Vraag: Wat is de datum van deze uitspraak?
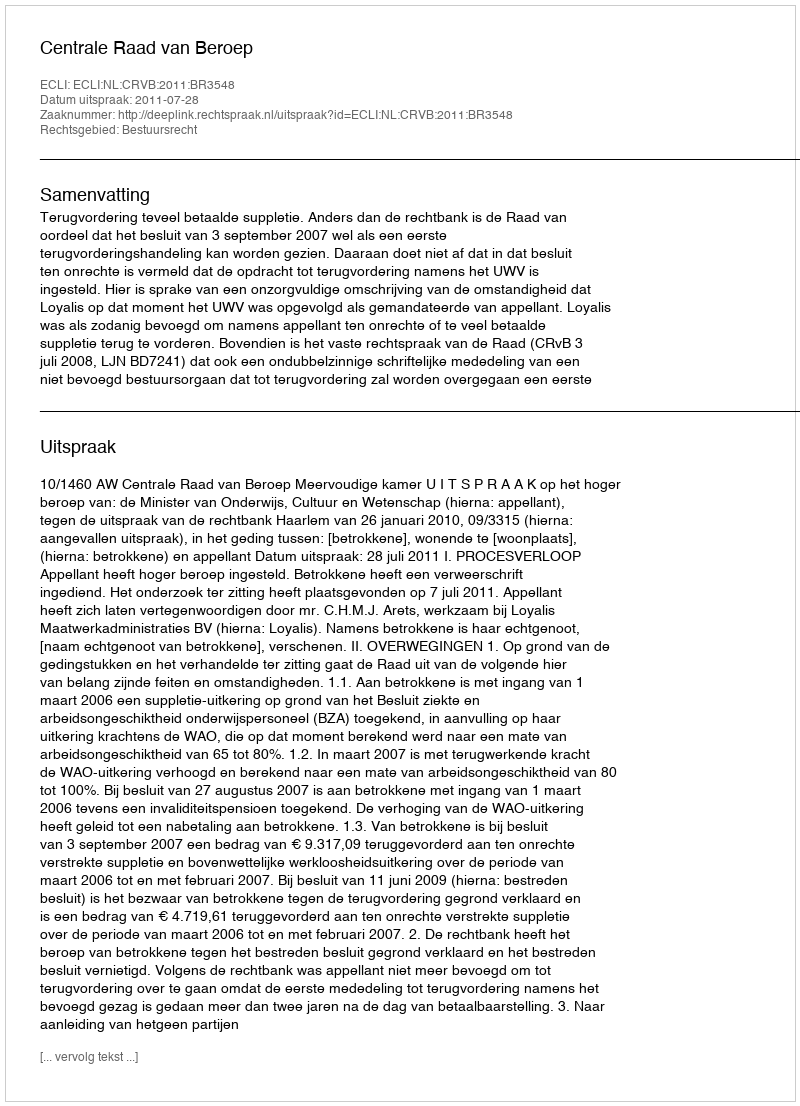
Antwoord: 2011-07-28